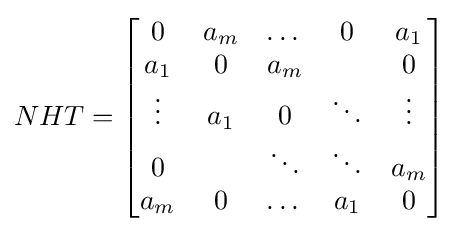
NHT={\begin{bmatrix}0&a_{m}&\dots &0&a_{1}\\a_{1}&0&a_{m}&&0\\\vdots &a_{1}&0&\ddots &\vdots \\0&&\ddots &\ddots &a_{m}\\a_{m}&0&\dots &a_{1}&0\\\end{bmatrix}}